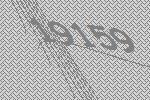
19159